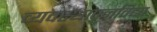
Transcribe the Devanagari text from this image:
व्यवस्थापनविद्या